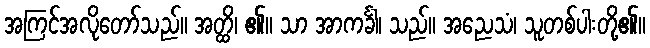
အကြင်အလိုတော်သည်။ အတ္ထိ၊ ၏။ သာ အာကင်္ခါ၊ သည်။ အညေသံ၊ သူတစ်ပါးတို့၏။